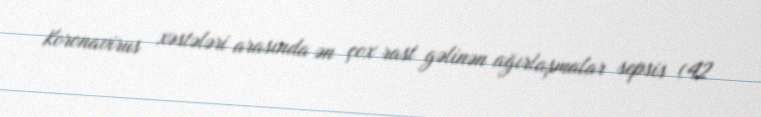
Koronavirus xəstələri arasında ən çox rast gəlinən ağırlaşmalar sepsis (42